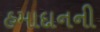
હમાદાનની